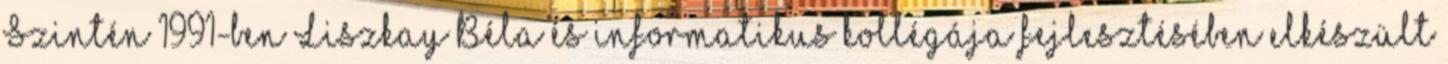
Szintén 1991-ben Liszkay Béla és informatikus kollégája fejlesztésében elkészült